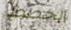
الخطط